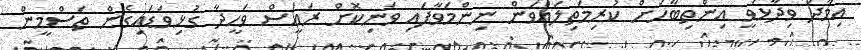
އިމާދު ވިދާޅުވީ އިންތިބާހަށް ކުރިމަތިލައްވަން ނިންމަވާފައި ވަނިކޮށް ރައީސް ވަހީދާ ގުޅިވަޑައިގެން ތަސްމީން